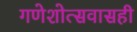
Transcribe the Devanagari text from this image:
गणेशोत्सवासही